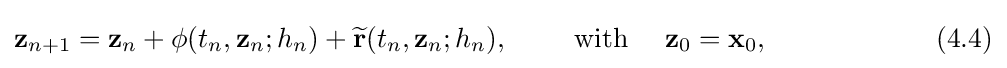
\mathbf {z} _{n+1}=\mathbf {z} _{n}+\mathbf {\phi } (t_{n},\mathbf {z} _{n};h_{n})+{\widetilde {\mathbf {r} }}(t_{n},\mathbf {z} _{n};h_{n}),\qquad {\text{ with }}\quad \mathbf {z} _{0}=\mathbf {x} _{0},\qquad \qquad \qquad (4.4)